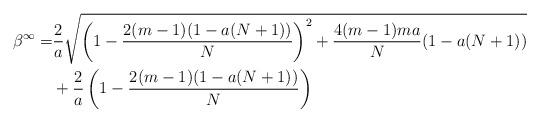
LaTeX: \begin{align*}\beta^\infty = &\frac{2}{a} \sqrt{\left( 1 - \frac{2(m-1)(1-a(N+1))}{N} \right)^2 + \frac{4(m-1)ma}{N} (1-a(N+1))}\\& + \frac{2}{a} \left( 1 - \frac{2(m-1)(1-a(N+1))}{N} \right) \end{align*}